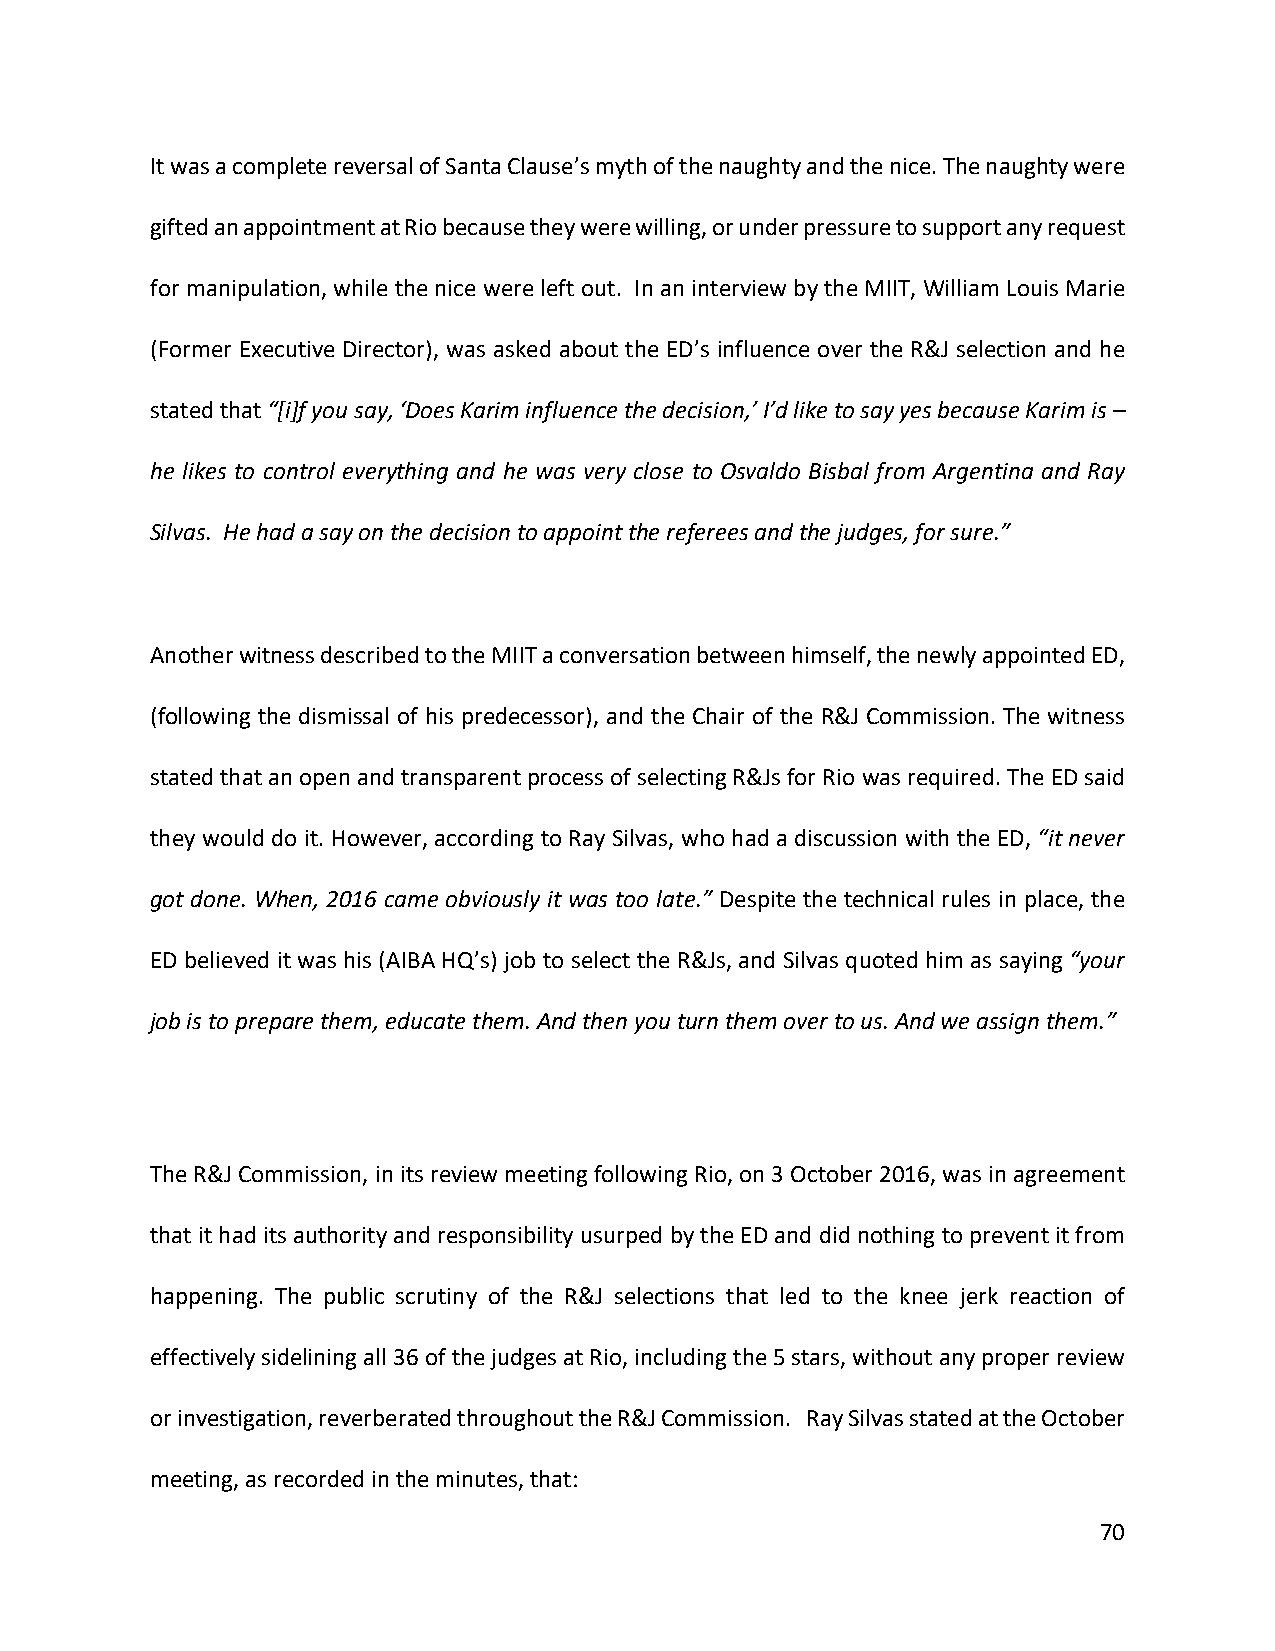
It was a complete reversal of Santa Clause’s myth of the naughty and the nice. The naughty were
 gifted an appointment at Rio because they were willing, or under pressure to support any request
 for manipulation, while the nice were left out. In an interview by the MIIT, William Louis Marie
 (Former Executive Director), was asked about the ED’s influence over the R&J selection and he
 stated that “[i]f you say, ‘Does Karim influence the decision,’ I’d like to say yes because Karim is –
 he likes to control everything and he was very close to Osvaldo Bisbal from Argentina and Ray
 Silvas. He had a say on the decision to appoint the referees and the judges, for sure.”
 Another witness described to the MIIT a conversation between himself, the newly appointed ED,
 (following the dismissal of his predecessor), and the Chair of the R&J Commission. The witness
 stated that an open and transparent process of selecting R&Js for Rio was required. The ED said
 they would do it. However, according to Ray Silvas, who had a discussion with the ED, “it never
 got done. When, 2016 came obviously it was too late.” Despite the technical rules in place, the
 ED believed it was his (AIBA HQ’s) job to select the R&Js, and Silvas quoted him as saying “your
 job is to prepare them, educate them. And then you turn them over to us. And we assign them.”
 The R&J Commission, in its review meeting following Rio, on 3 October 2016, was in agreement
 that it had its authority and responsibility usurped by the ED and did nothing to prevent it from
 happening. The public scrutiny of the R&J selections that led to the knee jerk reaction of
 effectively sidelining all 36 of the judges at Rio, including the 5 stars, without any proper review
 or investigation, reverberated throughout the R&J Commission. Ray Silvas stated at the October
 meeting, as recorded in the minutes, that:
 70